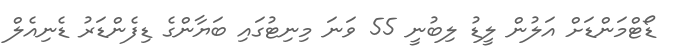
ޑޯޓްމަންޑަށް އަލުން ލީޑު ލިބުނީ 55 ވަނަ މިނިޓުގައި ބަޔާންގެ ޑިފެންޑަރު ޑެނިއެލް